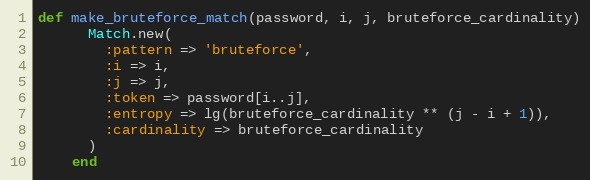
Language: Ruby
def make_bruteforce_match(password, i, j, bruteforce_cardinality)
      Match.new(
        :pattern => 'bruteforce',
        :i => i,
        :j => j,
        :token => password[i..j],
        :entropy => lg(bruteforce_cardinality ** (j - i + 1)),
        :cardinality => bruteforce_cardinality
      )
    end